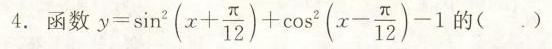
4.函数$$y = \sin ^ { 2 } ( x + \frac { π } { 1 2 } ) + \cos ^ { 2 } ( x - \frac { π } { 1 2 } ) - 1$$的( )